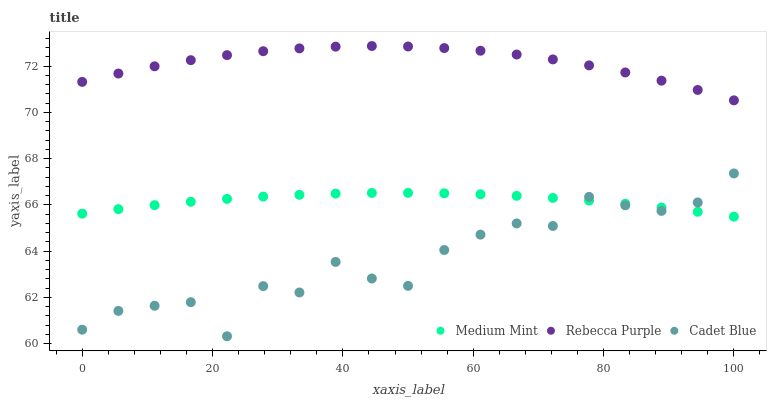
| xaxis_label | Medium Mint | Rebecca Purple | Cadet Blue |
 | --- | --- | --- | --- |
 | 0 | 65.6 | 71.3 | 60.6 |
 | 5.56 | 65.8 | 71.7 | 61.4 |
 | 11.1 | 66 | 72 | 61.6 |
 | 16.7 | 66.1 | 72.3 | 61.8 |
 | 22.2 | 66.3 | 72.5 | 60.3 |
 | 27.8 | 66.4 | 72.6 | 62.5 |
 | 33.3 | 66.4 | 72.8 | 62.2 |
 | 38.9 | 66.5 | 72.8 | 63.5 |
 | 44.4 | 66.5 | 72.9 | 62.8 |
 | 50 | 66.5 | 72.8 | 62.5 |
 | 55.6 | 66.5 | 72.8 | 64 |
 | 61.1 | 66.5 | 72.7 | 64.7 |
 | 66.7 | 66.4 | 72.5 | 65.2 |
 | 72.2 | 66.3 | 72.3 | 65.1 |
 | 77.8 | 66.2 | 72 | 66.3 |
 | 83.3 | 66 | 71.7 | 66 |
 | 88.9 | 65.9 | 71.4 | 65.7 |
 | 94.4 | 65.7 | 71 | 66.1 |
 | 100 | 65.5 | 70.5 | 67.4 |